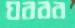
ঘরবর